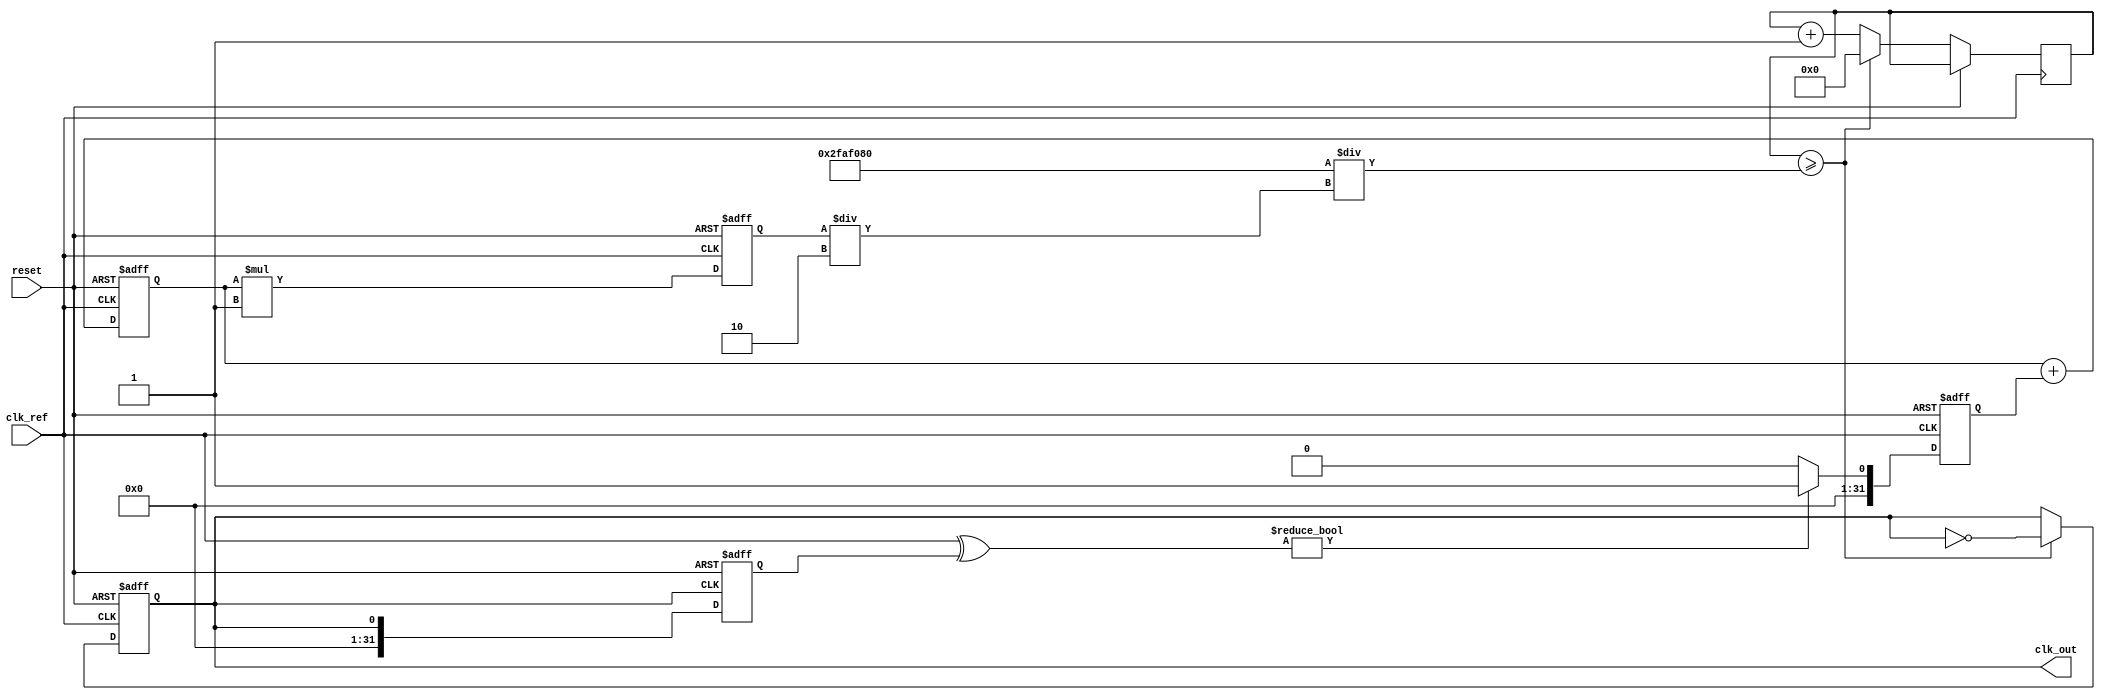
module parameterized_PLL #(
    parameter F_REF = 50_000_000, // Reference frequency in Hz
    parameter F_OUT = 100_000_000, // Desired output frequency in Hz
    parameter N = 2,                // Division ratio
    parameter VCO_SENSITIVITY = 1,  // VCO sensitivity (Hz/V)
    parameter LOOP_FILTER_ORDER = 1 // Loop filter order (1 or 2)
)(
    input wire clk_ref,             // Reference clock input
    input wire reset,               // Reset signal
    output reg clk_out              // Output clock
);

    // Internal signals
    reg [31:0] phase_error;         // Phase error signal
    reg [31:0] control_voltage;      // Control voltage for VCO
    reg [31:0] vco_output;           // VCO output frequency
    reg [31:0] feedback;             // Feedback signal from divider
    reg [31:0] divider_count;        // Divider count for feedback

    // Phase Detector (PD)
    always @(posedge clk_ref or posedge reset) begin
        if (reset) begin
            phase_error <= 0;
        end else begin
            // Simple phase detector logic (XOR for example)
            phase_error <= (clk_ref ^ feedback) ? 1 : 0; // Phase error signal
        end
    end

    // Loop Filter (1st order or 2nd order)
    always @(posedge clk_ref or posedge reset) begin
        if (reset) begin
            control_voltage <= 0;
        end else begin
            if (LOOP_FILTER_ORDER == 1) begin
                // 1st order filter
                control_voltage <= control_voltage + phase_error;
            end else if (LOOP_FILTER_ORDER == 2) begin
                // 2nd order filter (simple implementation)
                control_voltage <= control_voltage + phase_error + (phase_error >> 1);
            end
        end
    end

    // Voltage-Controlled Oscillator (VCO)
    always @(posedge clk_ref or posedge reset) begin
        if (reset) begin
            vco_output <= 0;
            clk_out <= 0;
        end else begin
            // VCO output frequency based on control voltage
            vco_output <= control_voltage * VCO_SENSITIVITY;
            // Generate output clock based on VCO output
            if (divider_count >= (F_REF / (vco_output / N))) begin
                clk_out <= ~clk_out; // Toggle output clock
                divider_count <= 0;   // Reset divider count
            end else begin
                divider_count <= divider_count + 1;
            end
        end
    end

    // Feedback Divider
    always @(posedge clk_out or posedge reset) begin
        if (reset) begin
            feedback <= 0;
        end else begin
            feedback <= clk_out; // Feedback from output clock
        end
    end

endmodule